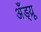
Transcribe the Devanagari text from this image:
अँड्य्रू